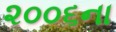
૨૦૦૬ના